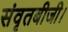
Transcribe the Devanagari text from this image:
संवृतबीजी।